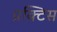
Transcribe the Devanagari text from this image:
प्रक्‍टिस